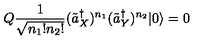
Q \frac { 1 } { \sqrt { n _ { 1 } ! n _ { 2 } ! } } ( \tilde { a } _ { X } ^ { \dagger } ) ^ { n _ { 1 } } ( \tilde { a } _ { Y } ^ { \dagger } ) ^ { n _ { 2 } } | 0 \rangle = 0